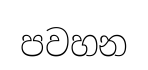
පවහන